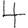
Digit: 4